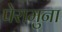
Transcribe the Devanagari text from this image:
पेरामुना